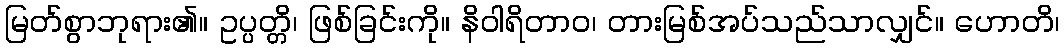
မြတ်စွာဘုရား၏။ ဥပ္ပတ္တိ၊ ဖြစ်ခြင်းကို။ နိဝါရိတာဝ၊ တားမြစ်အပ်သည်သာလျှင်။ ဟောတိ၊